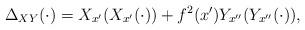
LaTeX: \begin{align*}\Delta_{XY} (\cdot) = X_{x'}(X_{x'}(\cdot)) + f^2 (x') Y_{x''}(Y_{x''}(\cdot)), \end{align*}